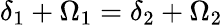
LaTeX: \delta_{1}+\Omega_{1}=\delta_{2}+\Omega_{2}